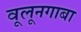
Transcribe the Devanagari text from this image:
वूलूनगाबा